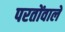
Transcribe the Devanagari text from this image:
परतोंवाले